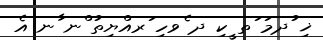
ޚި ުދމަ ަތ ީކި ދ ެވހި ަރއްޔިތު ްނ ާނ އެ